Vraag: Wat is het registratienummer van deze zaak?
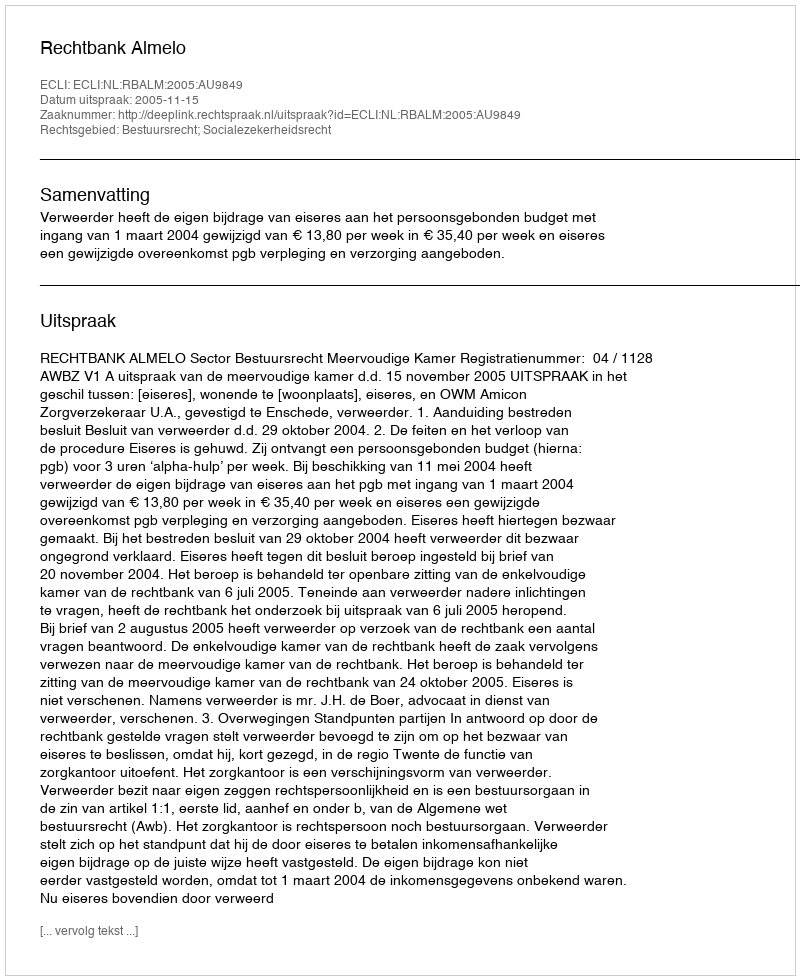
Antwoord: http://deeplink.rechtspraak.nl/uitspraak?id=ECLI:NL:RBALM:2005:AU9849